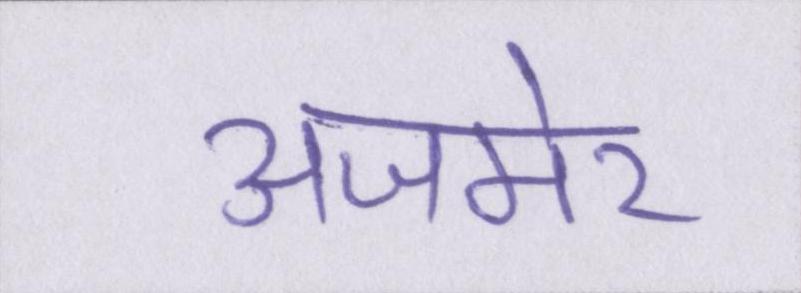
अजमेर